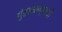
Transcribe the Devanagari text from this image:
गुंडाळण्याची